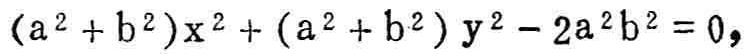
\((a^{2} + b^{2})x^{2} + (a^{2} + b^{2})y^{2} - 2a^{2}b^{2} = 0,\)